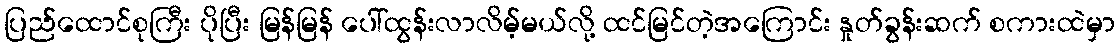
ပြည်ထောင်စုကြီး ပိုပြီး မြန်မြန် ပေါ်ထွန်းလာလိမ့်မယ်လို့ ထင်မြင်တဲ့အကြောင်း နှုတ်ခွန်းဆက် စကားထဲမှာ